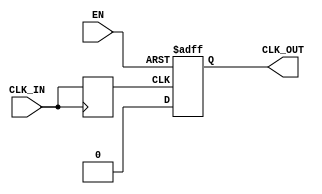
module clock_buffer (
    input wire CLK_IN,      // Input clock signal
    input wire EN,         // Enable signal
    output reg CLK_OUT      // Buffered clock output
);

// Parameters for timing characteristics
parameter t_pd = 1;      // Propagation delay (example value)
parameter t_r = 1;       // Rise time (example value)
parameter t_f = 1;       // Fall time (example value)

// Internal signals
reg CLK_IN_reg;          // Registered input clock

// Clock input registration with a small delay
always @(posedge CLK_IN) begin
    #t_pd CLK_IN_reg <= CLK_IN;  // Register input clock with propagation delay
end

// Output clock generation
always @(posedge CLK_IN_reg or negedge EN) begin
    if (!EN) begin
        CLK_OUT <= 1'b0;          // Disable the output clock when EN is low
    end else begin
        // Buffer output clock with defined rise and fall times
        #t_r CLK_OUT <= 1'b1;     // Set output high after rise time
        #t_f CLK_OUT <= 1'b0;     // Set output low after fall time
    end
end

endmodule